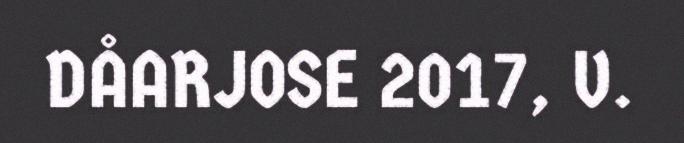
DÅARJOSE 2017, V.